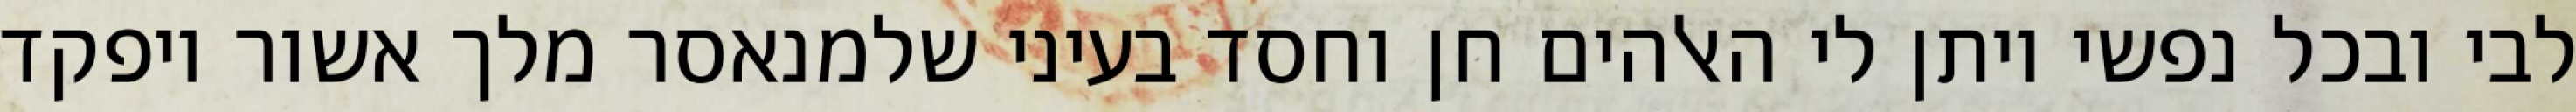
לבי ובכל נפשי ויתן לי האלהים חן וחסד בעיני שלמנאסר מלך אשור ויפקד